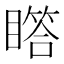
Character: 𪾾